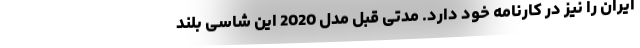
ایران را نیز در کارنامه خود دارد. مدتی قبل مدل 2020 این شاسی بلند